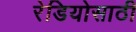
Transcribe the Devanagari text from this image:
रेडियोसाठी